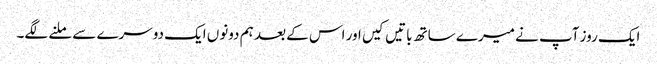
ایک روز آپ نے میرے ساتھ باتیں کیں اور اس کے بعد ہم دونوں ایک دوسرے سے ملنے لگے۔